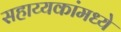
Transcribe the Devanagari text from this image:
सहाय्यकांमध्ये